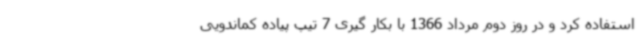
استفاده کرد و در روز دوم مرداد 1366 با بکار گیری 7 تیپ پیاده کماندویی